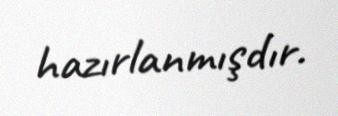
hazırlanmışdır.